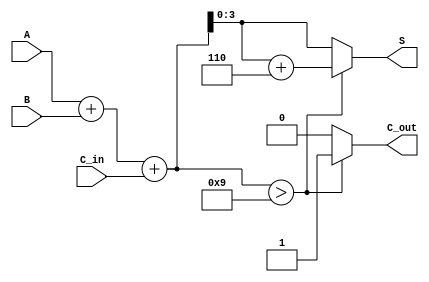
module BCD_Carry_Lookahead_Adder (
    input [3:0] A,       // BCD input A
    input [3:0] B,       // BCD input B
    input C_in,          // Carry-in
    output reg [3:0] S,  // BCD sum output
    output reg C_out     // Carry-out
);

    wire [4:0] S_temp;   // Intermediate sum (5 bits to capture carry)
    wire C1, C2, C3, C4; // Carry signals

    // Calculate initial sum
    assign S_temp = A + B + C_in;

    // Carry generation
    assign C1 = A[0] & B[0] | (A[0] ^ B[0]) & C_in;
    assign C2 = A[1] & B[1] | (A[1] ^ B[1]) & C1;
    assign C3 = A[2] & B[2] | (A[2] ^ B[2]) & C2;
    assign C4 = A[3] & B[3] | (A[3] ^ B[3]) & C3;

    // Determine the carry-out
    always @(*) begin
        if (S_temp > 9) begin
            C_out = 1;
            S = S_temp + 5'b00110; // Add 6 (0110 in binary)
        end else begin
            C_out = 0;
            S = S_temp[3:0]; // Use lower 4 bits
        end
    end

endmodule